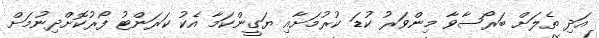
އަދި ތެލަށް ބަރޯސާވާ މިންވަރު ކުޑަ ކުރުމަށާއި ޔަގީންކަމާ އެކު ކަރަންޓު ފޯރުކޮށްދިނުމަށް